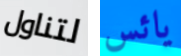
لتناول يائس